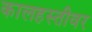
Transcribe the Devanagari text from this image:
कालहस्तीवर